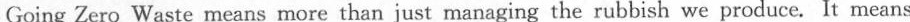
Going Zero Waste means more than just managing the rubbish we produce. It means